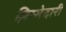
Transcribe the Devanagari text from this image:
ज़िम्मेदारी